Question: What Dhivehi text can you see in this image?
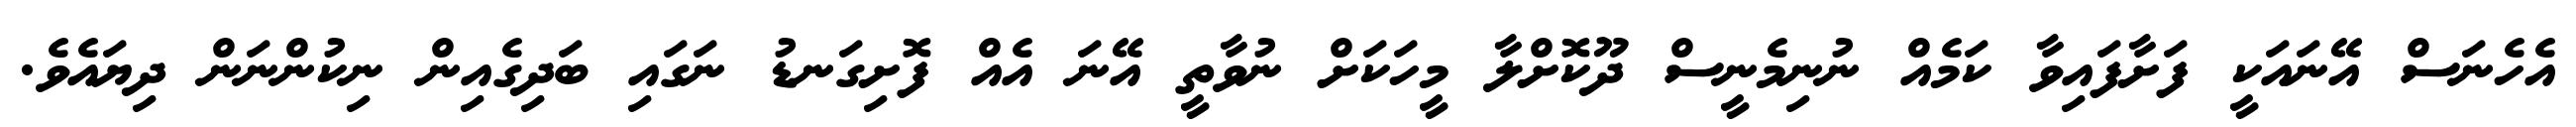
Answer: އެހެނަސް އޭނައަކީ ފަށާފައިވާ ކަމެއް ނުނިމެނީސް ދޫކޮށްލާ މީހަކަށް ނުވާތީ އޭނަ އެއް ފޮށިގަނޑު ނަގައި ބަދިގެއިން ނިކުންނަން ދިޔައެވެ.